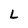
Character: L